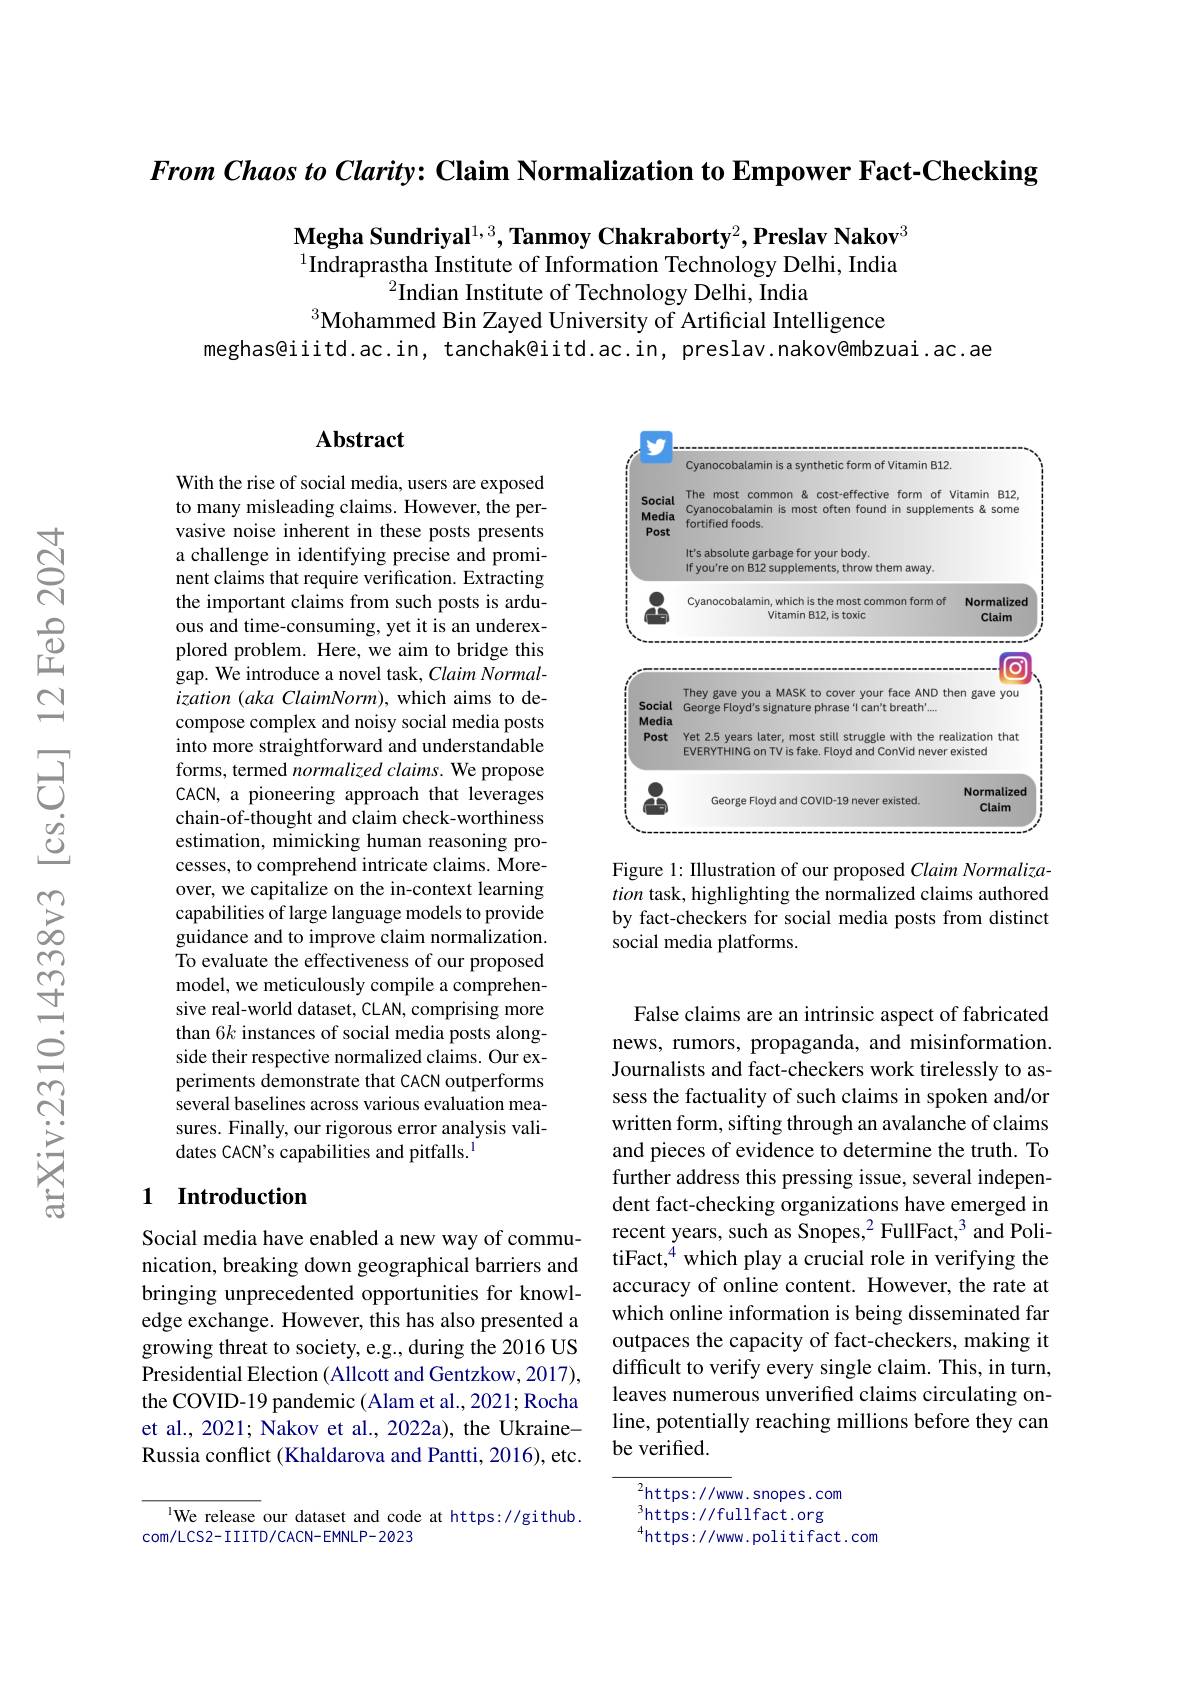
From Chaos to Clarity: Claim Normalization to Empower Fact-Checking

Megha Sundriyal$^{1,3},\textbf{Tanmoy Chakraborty}^2,\textbf{Preslav Nakov}^3$ $^{1}$Indraprastha Institute of Information Technology Delhi, India
$^2$Indian Institute of Technology Delhi, India
$^{3}$Mohammed Bin Zayed University of Artificial Intelligence

meghas@iiitd.ac.in, tanchak@iitd.ac.in, preslav.nakov@mbzuai.ac.ae

### $\mathbf{Abstract}$

With the rise of social media, users are exposed to many misleading claims. However, the pervasive noise inherent in these posts presents a challenge in identifying precise and prominent claims that require verification. Extracting the important claims from such posts is arduous and time-consuming, yet it is an underexplored problem. Here, we aim to bridge this $\hat{\mathrm{gap.~We~introduce~a~novel~task,~Claim~Normal-}}$ $ization(akaClaimNorm)$, which aims to decompose complex and noisy social media posts into more straightforward and understandable forms, termed normalized claims. We propose CACN, a pioneering approach that leverages chain-of-thought and claim check-worthiness estimation, mimicking human reasoning processes, to comprehend intricate claims. Moreover, we capitalize on the in-context learning capabilities of large language models to provide guidance and to improve claim normalization. To evaluate the effectiveness of our proposed model, we meticulously compile a comprehensive real-world dataset, CLAN, comprising more than 6k instances of social media posts alongside their respective normalized claims. Our experiments demonstrate that CACN outperforms several baselines across various evaluation measures. Finally, our rigorous error analysis validates CACN's capabilities and pitfalls.$^{\mathrm{l}}$

### 1 Introduction

Social media have enabled a new way of communication, breaking down geographical barriers and bringing unprecedented opportunities for knowledge exchange. However, this has also presented a growing threat to society, e.g., during the 2016 US Presidential Election (Allcott and Gentzkow, 2017), the COVID-19 pandemic (Alam et al., 2021; Rocha et al., 2021; Nakov et al., 2022a), the UkraineRussia conflict (Khaldarova and Pantti, 2016), etc.

lWe release our dataset and code at https://github.
com/LCS2-IIITD/CACN-EMNLP-2023

<FigureHere>

Figure 1: IIlustration of our proposed Claim Normalization task, highlighting the normalized claims authored by fact-checkers for social media posts from distinct social media platforms.

False claims are an intrinsic aspect of fabricated news, rumors, propaganda, and misinformation. Journalists and fact-checkers work tirelessly to assess the factuality of such claims in spoken and/or written form, sifting through an avalanche of claims and pieces of evidence to determine the truth. To further address this pressing issue, several independent fact-checking organizations have emerged in recent years, such as Snopes,$^2$FullFact,$^3$ and PolitiFact,$^{\dot{4}}$ which play a crucial role in verifying the accuracy of online content. However, the rate at which online information is being disseminated far outpaces the capacity of fact-checkers, making it difficult to verify every single claim. This, in turn, leaves numerous unverified claims circulating online, potentially reaching millions before they can be verified.

${^{2}\mathrm{https://www.snopes.com}}$ $^{3}$https://fullfact.org $^{4}$https://www.politifact.com